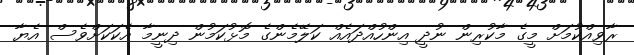
ރާވިއްކުމަށް މީގެ މާކުރިން ނުދީ އިންހުއްދައެއް ކަލޭމެންގެ މޮޅުކަމުން ދިނީމާ އެކަކަށްވެސް އެޔާ